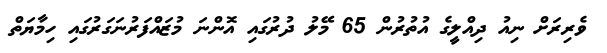
ވެރިރަށް ނިއު ދިއްލީގެ އުތުރުން 65 މޭލު ދުރުގައި އޮންނަ މުޒައްފަރުނަގަރުގައި ހިމާޔަތް